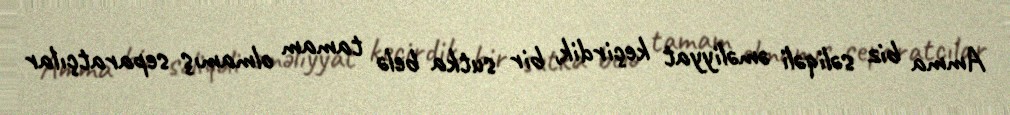
Amma biz səliqəli əməliyyat keçirdik, bir sutka belə tamam olmamış separatçılar